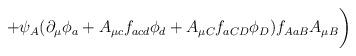
LaTeX: \begin{align*}+\psi_A(\partial_\mu\phi_a+A_{\mu c}f_{acd}\phi_d+A_{\mu C}f_{aCD}\phi_D)f_{AaB}A_{\mu B}\biggr)\end{align*}